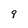
Character: 9